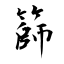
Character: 篩